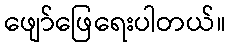
ဖျော်ဖြေရေးပါတယ်။